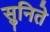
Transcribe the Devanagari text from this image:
सुनिते